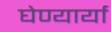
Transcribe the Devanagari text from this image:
घेण्यार्या